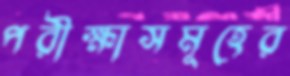
পরীক্ষাসমূহের